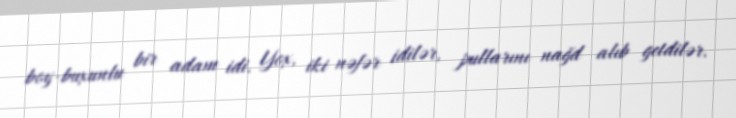
boy-buxunlu bir adam idi. Yox, iki nəfər idilər, pullarını nağd alıb getdilər.